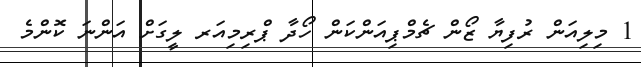
1 މިލިއަން ރުފިޔާ ޒޯން ޗެމްޕިއަންކަން ހޯދާ ޕްރިމިއަރ ލީގަށް އަންނަ ކޮންމެ